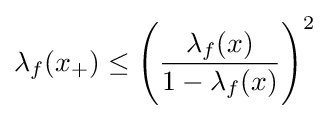
\lambda _{f}(x_{+})\leq {\Bigg (}{\frac {\lambda _{f}(x)}{1-\lambda _{f}(x)}}{\Bigg )}^{2}